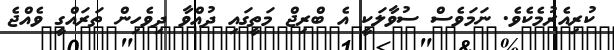
ކުރިއެރުމެކެވެ. ނަމަވެސް ސުވާލަކީ އެ ބްރިޖް މަތީގައި ދުއްވާ ދިވެހިން ތަރައްގީ ވެއްޖެ